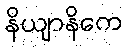
နိယျာနိကေ